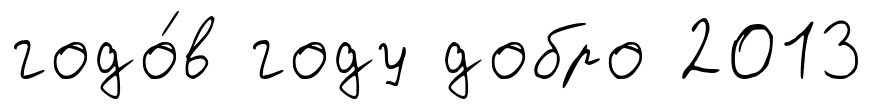
годо́в году добро 2013